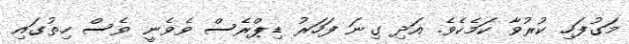
މަގުފަހި ކުރުވާ ކަމެކެވެ. އަދި ގިނަ ފަހަރު ޑިޕްރެސް ވެވެނީ ވެސް ހިތުގައި